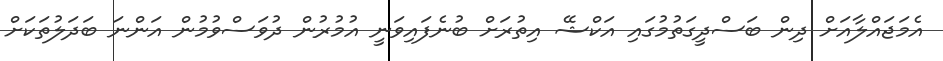
އެމަޖައްލާއަށް ދިން ބަސްދީގަތުމުގައި އަކްޝޭ އިތުރަށް ބުނެފައިވަނީ އުމުރުން ދުވަސްވުމުން އަންނަ ބަދަލުތަކަށް